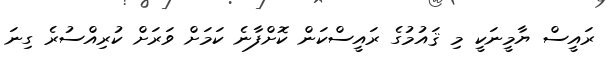
ރައީސް ޔާމީނަކީ މި ޤައުމުގެ ރައީސްކަން ކޮށްފާނެ ކަމަށް ވަރަށް ކުރިއްސުރެ ގިނަ